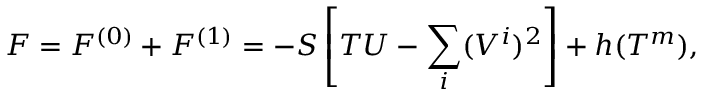
F = F ^ { ( 0 ) } + F ^ { ( 1 ) } = - S \left[ T U - \sum _ { i } ( V ^ { i } ) ^ { 2 } \right] + h ( T ^ { m } ) ,